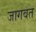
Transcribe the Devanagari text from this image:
जागवत